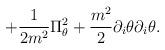
LaTeX: \begin{align*}+{1\over {2m^2}}\Pi _\theta ^2 +{{m^2}\over 2}\partial _i\theta \partial _i\theta .\end{align*}